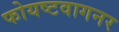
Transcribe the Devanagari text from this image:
फोयष्टवागनर